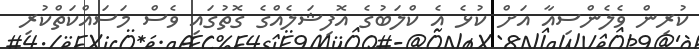
ކުރިން ވެލެންސިއާ އަށް ކުޅެ އެ ކްލަބުގެ އޮފިޝަލެއްގެ ގޮތުގައި ވެސް މަސައްކަތްކުރި